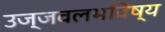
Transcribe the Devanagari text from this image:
उज्जवलभविष्य